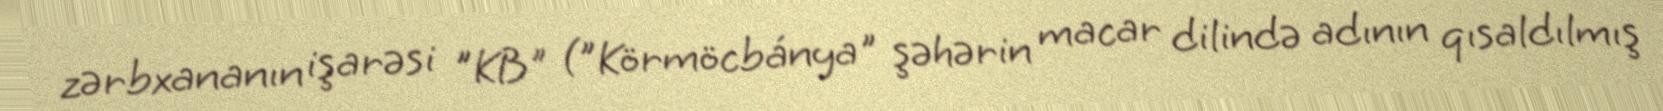
zərbxananın işarəsi "KB" ("Körmöcbánya" şəhərin macar dilində adının qısaldılmış